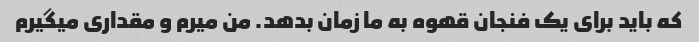
که باید برای یک فنجان قهوه به ما زمان بدهد. من میرم و مقداری میگیرم